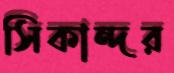
সিকান্দর